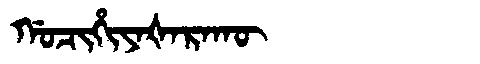
Manchu: ᡤᠣᠴᡳᡥᡳᠶᠠᡧᠠᡵᠠᡴᡡ
Romanization: GOCIHIYAŠARAKŪ